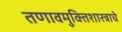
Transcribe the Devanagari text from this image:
तणावमुक्तिशास्त्राचे